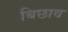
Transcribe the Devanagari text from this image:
बिछाव